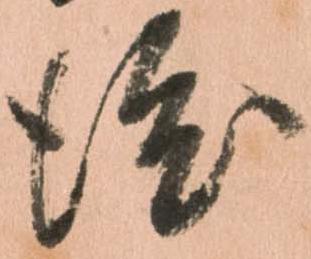
渡